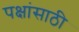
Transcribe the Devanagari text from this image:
पक्षांसाठी